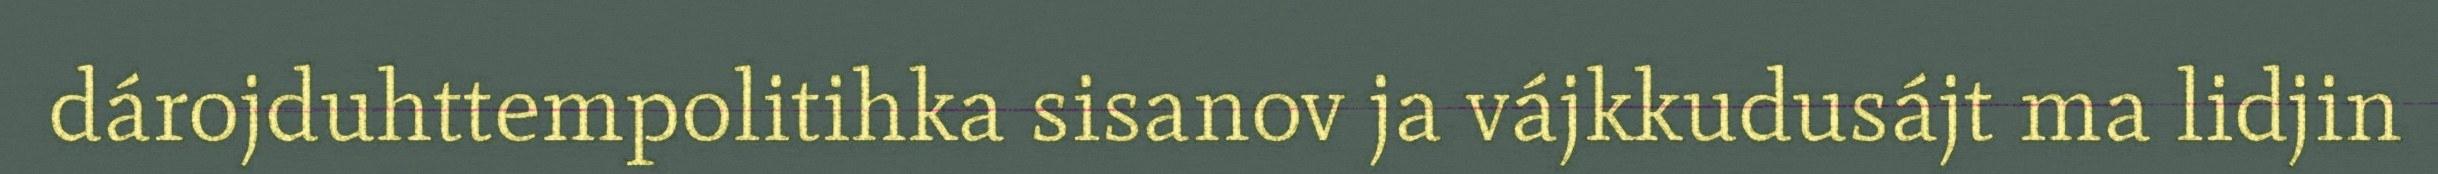
dárojduhttempolitihka sisanov ja vájkkudusájt ma lidjin